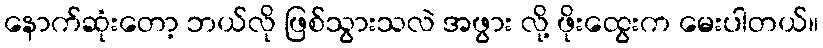
နောက်ဆုံးတော့ ဘယ်လို ဖြစ်သွားသလဲ အဖွား လို့ ဖိုးထွေးက မေးပါတယ်။